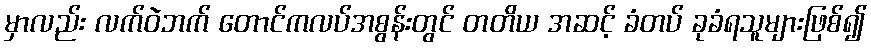
မှာလည်း လက်ဝဲဘက် တောင်ကလပ်အစွန်းတွင် တတိယ အဆင့် ခံတပ် ခုခံရသူများဖြစ်၍